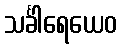
သင်္ခါရေယေဝ